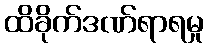
ထိခိုက်ဒဏ်ရာရမှု